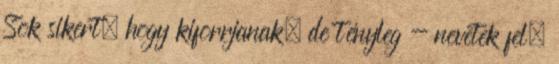
Sok sikert, hogy kiforrjanak, de tényleg - nevetek fel.